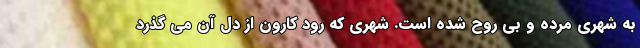
به شهری مرده و بی روح شده است. شهری که رود کارون از دل آن می گذرد